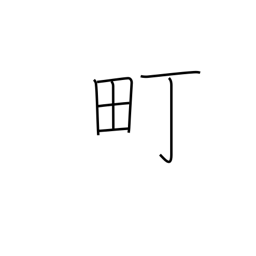
Meaning: block